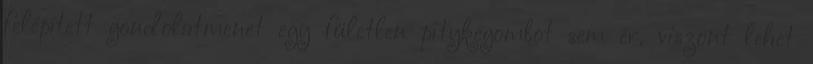
felépített gondolatmenet egy fületlen pitykegombot sem ér, viszont lehet